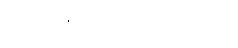
စကားချိုသာသော ပုဂ္ဂိုလ်။